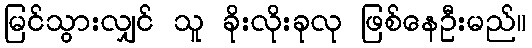
မြင်သွားလျှင် သူ ခိုးလိုးခုလု ဖြစ်နေဦးမည်။